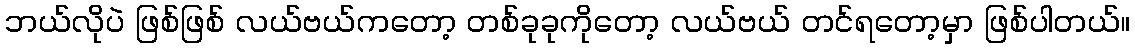
ဘယ်လိုပဲ ဖြစ်ဖြစ် လယ်ဗယ်ကတော့ တစ်ခုခုကိုတော့ လယ်ဗယ် တင်ရတော့မှာ ဖြစ်ပါတယ်။